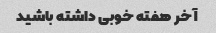
آخر هفته خوبی داشته باشید